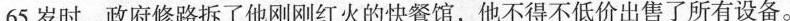
65岁时，政府修路拆了他刚刚红火的快餐馆，他不得不低价出售了所有设备。